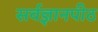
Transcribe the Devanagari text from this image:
सर्वज्ञानपीठ